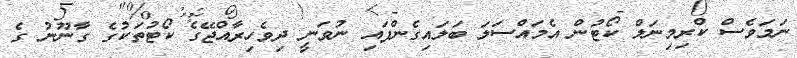
ނަމަވެސް ކްރިމިނަލް ކޯޓުން އެމައްސަލަ ބަލައިގެންފައި ނުވަނީ ދިވެހިރާއްޖޭގެ ކޯޓުތަކުގެ ގާނޫނު ގެ